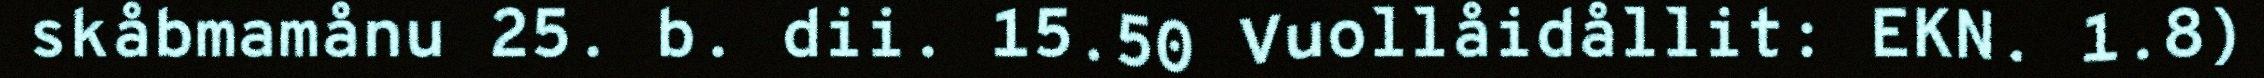
skåbmamånu 25. b. dii. 15.50 Vuollåidållit: EKN. 1.8)